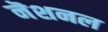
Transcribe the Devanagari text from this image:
नॆशनल